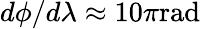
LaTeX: d\phi/d\lambda\approx 10\pi\mathrm{rad}